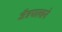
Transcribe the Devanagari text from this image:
जैत्रपालाने